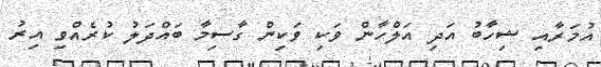
އުމަރާއި ޝިހާބު އަދި އަލްހާން ވަކި ވަކިން ގާސިމާ ބައްދަލު ކުރެއްވި އިރު